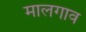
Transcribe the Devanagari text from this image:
मालगाव